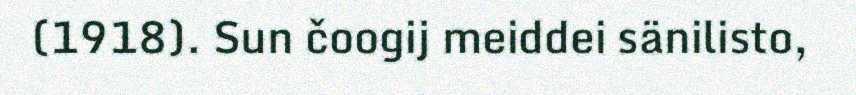
(1918). Sun čoogij meiddei sänilisto,